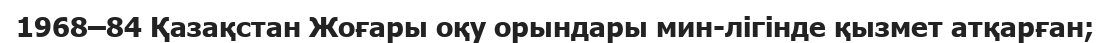
1968–84 Қазақстан Жоғары оқу орындары мин-лігінде қызмет атқарған;